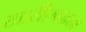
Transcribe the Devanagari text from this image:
खारीएवढ्या